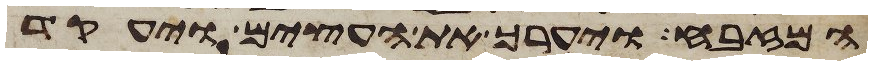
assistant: המזבח ויערך את העצים ויעקד